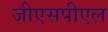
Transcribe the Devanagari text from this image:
जीएसपीएल